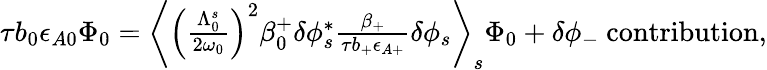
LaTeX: \begin{array}{r}{\tau b_{0}\epsilon_{A0}\Phi_{0}=\left\langle\left(\frac{\Lambda_{0}^{s}}{2\omega_{0}}\right)^{2}\beta_{0}^{+}\delta\phi_{s}^{*}\frac{\beta_{+}}{\tau b_{+}\epsilon_{A+}}\delta\phi_{s}\right\rangle_{s}\Phi_{0}+\delta\phi_{-}\ \mathrm{contribution},}\end{array}